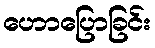
ဟောပြောခြင်း